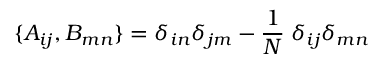
\{ A _ { i j } , B _ { m n } \} = \delta _ { i n } \delta _ { j m } - \frac { 1 } { N } \; \delta _ { i j } \delta _ { m n } \,